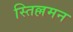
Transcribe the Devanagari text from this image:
स्तिल्लमन